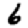
Digit: 6